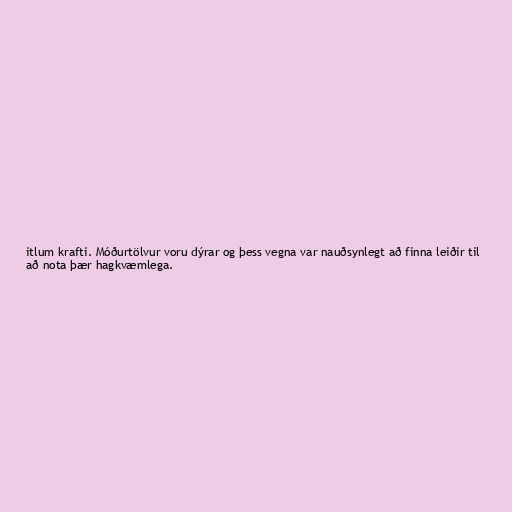
itlum krafti. Móðurtölvur voru dýrar og þess vegna var nauðsynlegt að finna leiðir til
að nota þær hagkvæmlega.